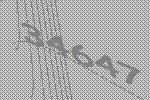
34647